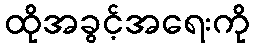
ထိုအခွင့်အရေးကို